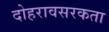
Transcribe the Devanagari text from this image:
दोहरावसरकता